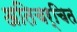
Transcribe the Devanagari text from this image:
अतिचर्चित